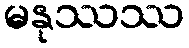
မနုဿဿ